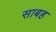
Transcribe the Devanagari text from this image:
साबह